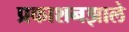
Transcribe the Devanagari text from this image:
प्रकाशनझाले